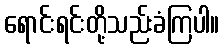
ရောင်းရင်းတို့သည်းခံကြပါ။